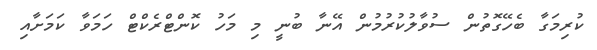
ކުރިމަގާ ބެހޭގޮތުން ސުވާލުކުރުމުން އޭނާ ބުނީ މި މަހު ކޮންޓްރެކްޓް ހަމަވާ ކަމަށާއި